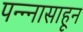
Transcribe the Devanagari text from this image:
पन्‍न्‍नासाहून